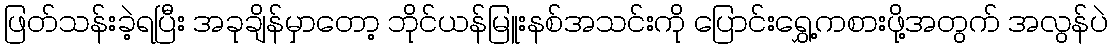
ဖြတ်သန်းခဲ့ရပြီး အခုချိန်မှာတော့ ဘိုင်ယန်မြူးနစ်အသင်းကို ပြောင်းရွှေ့ကစားဖို့အတွက် အလွန်ပဲ